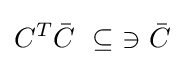
C^{T}{\bar {C}}\ \subseteq \ \ni {\bar {C}}